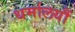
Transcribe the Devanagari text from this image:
धर्मालयौं